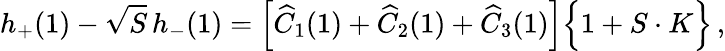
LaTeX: h_{+}(1)-\sqrt{S}\, h_{-}(1)=\Big[\widehat{C}_{1}(1)+\widehat{C}_{2}(1)+\widehat{C}_{3}(1)\Big]\Big\{ 1+S\cdot K\Big\} \, ,